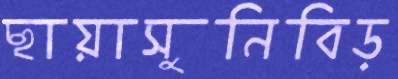
ছায়াসুনিবিড়